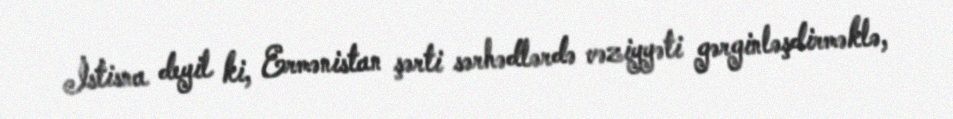
İstisna deyil ki, Ermənistan şərti sərhədlərdə vəziyyəti gərginləşdirməklə,